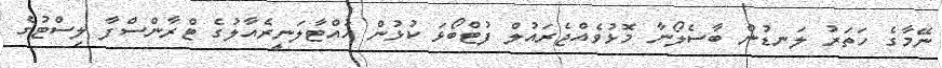
ނޭމާގެ ހަތަރު ލަނޑުން ބާސެލޯނާ މޮޅުވެއްޖެރައުލް ފުޓްބޯޅަ ކުޅުން ހުއްޓާލަނީރެއާލުގެ ޓްރާންސްފާ ލިސްޓުގެ